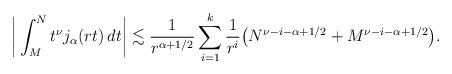
LaTeX: \begin{align*}\bigg| \int_M^N t^\nu j_\alpha(rt)\, dt\bigg|\lesssim \frac{1}{r^{\alpha+1/2}} \sum_{i=1}^k \frac{1}{r^i}\big(N^{\nu-i-\alpha+1/2}+M^{\nu-i-\alpha+1/2}\big).\end{align*}